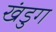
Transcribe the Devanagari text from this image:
खंडुग